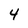
Character: 4